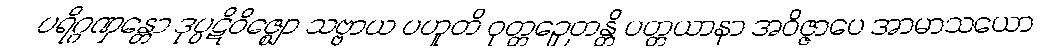
ပရိဂ္ဂဏှန္တော ဒုပ္ပဋိဝိဇ္ဈော သဗ္ဗာယ ပဟူတိ ဝုတ္တဉှေတန္တိ ပတ္တယာနာ အဝိဇ္ဇာပေ အာမာသယော